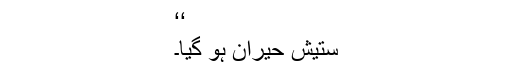
‘‘
ستیش حیران ہو گیا۔